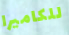
للكاميرا